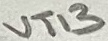
Text: VT13